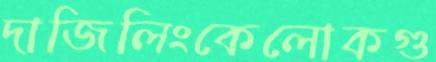
দাজিলিংকেলোকগু